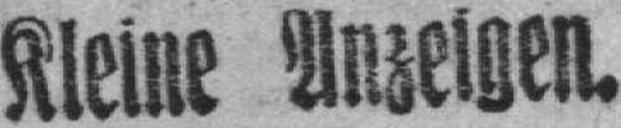
Kleine Anzeigen.